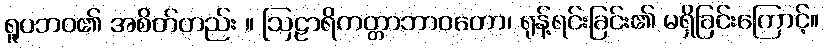
ရူပဘဝ၏ အစိတ်တည်း ။ ဩဠာရိကတ္တာဘာဝတော၊ ရုန့်ရင်းခြင်း၏ မရှိခြင်းကြောင့်။